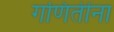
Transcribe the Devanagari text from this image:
गणितींना